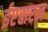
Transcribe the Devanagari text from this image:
ईएसएन